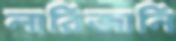
লারিজানি